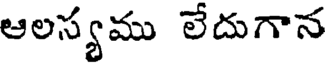
ఆలస్యము లేదుగాన